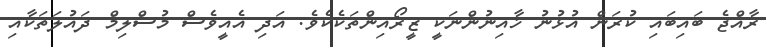
ރާއްޖެ ބައިބައި ކުރަން އުޅުނު ޚާއިނުންނަކީ ޒީރޯއިންތަކެކެވެ. އަދި އެއީވެސް މުސްލިމް ދައުލަތަކާއި